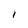
Character: I